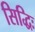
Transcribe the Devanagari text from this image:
सिद्धिः